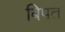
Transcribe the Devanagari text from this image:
बिपत